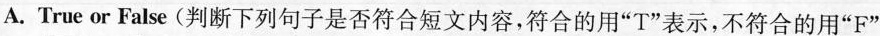
A. True or False(判断下列句子是否符合短文内容,符合的用"T"表示,不符合的用"F"